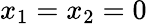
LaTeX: x_{1}=x_{2}=0